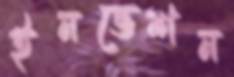
ইনভেশন